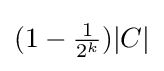
(\textstyle 1-{\frac {1}{2^{k}}})|C|